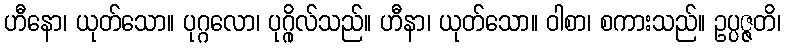
ဟီနော၊ ယုတ်သော။ ပုဂ္ဂလော၊ ပုဂ္ဂိုလ်သည်။ ဟီနာ၊ ယုတ်သော။ ဝါစာ၊ စကားသည်။ ဥပ္ပဇ္ဇတိ၊